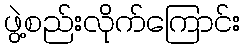
ဖွဲ့စည်းလိုက်ကြောင်း